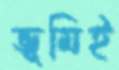
ভূমিই